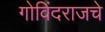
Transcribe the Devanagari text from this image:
गोविंदराजचे